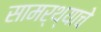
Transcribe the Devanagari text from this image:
सामर्थ्याचे